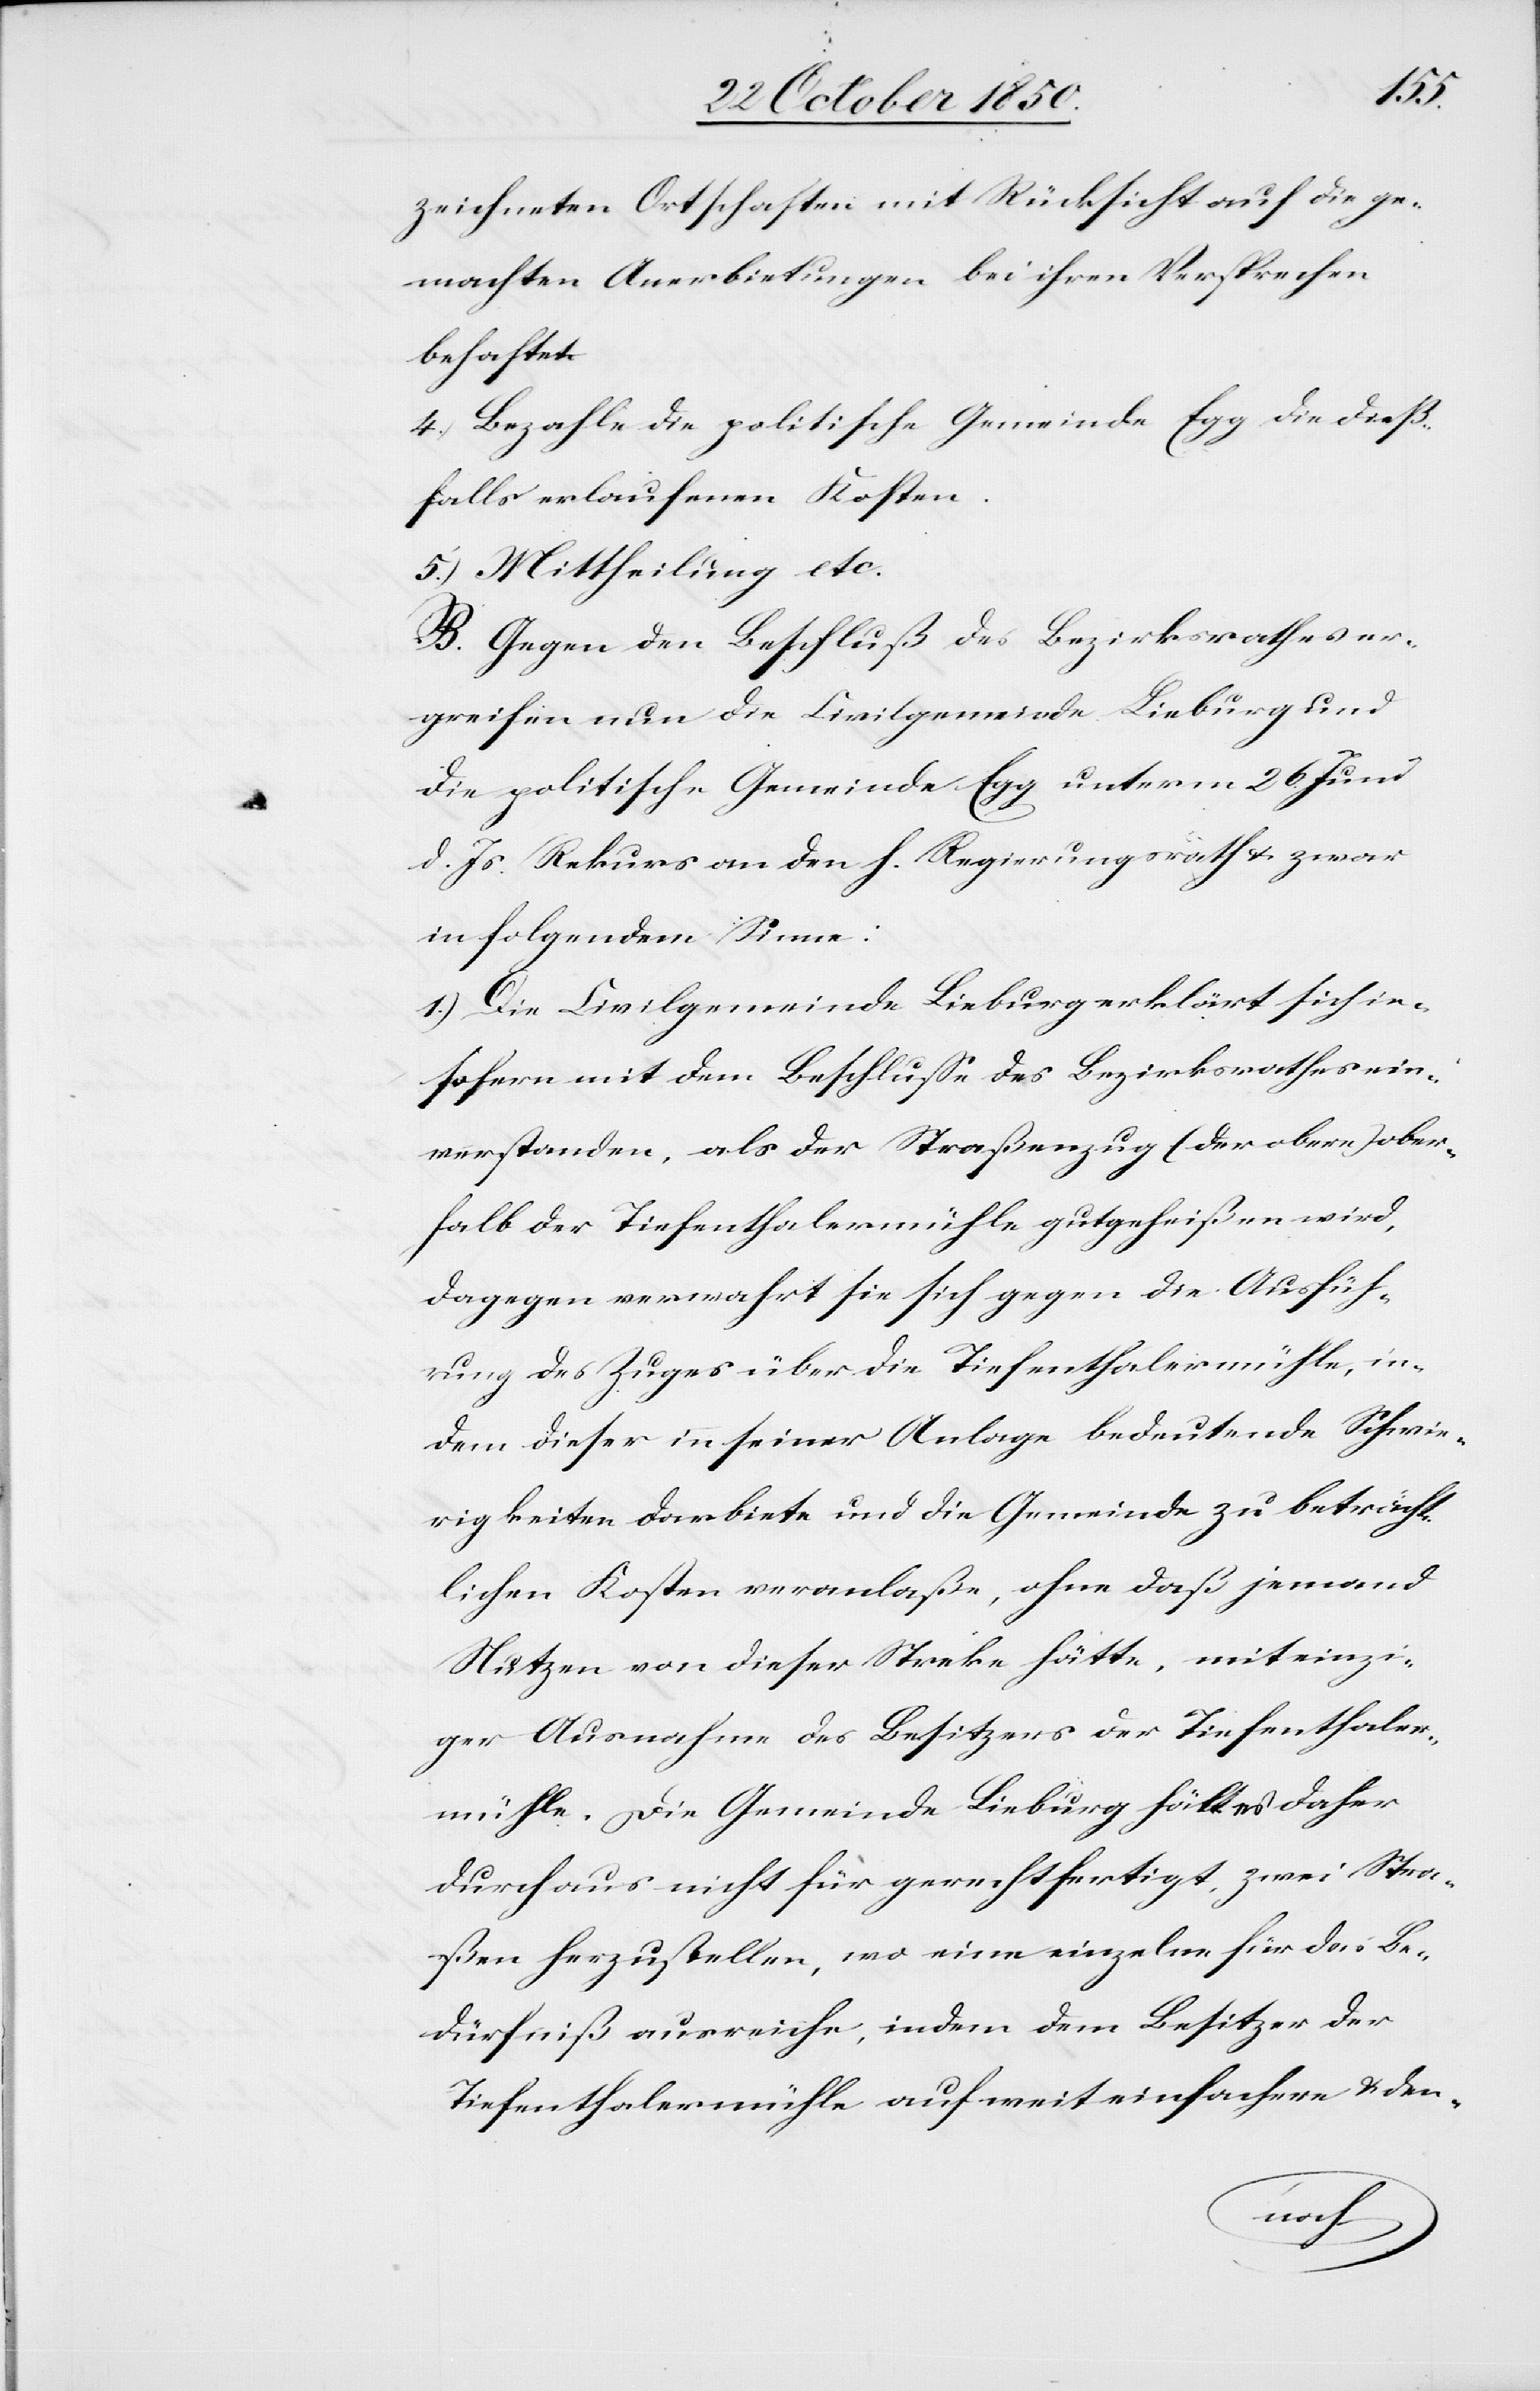
aler¬
zeichneten Ortschaften mit Rücksicht auf die ge¬
machten Anerbietungen bei ihren Versprechen
behaftet.
4.) Bezahle die politische Gemeinde Egg die dieß¬
falls erlaufenen Kosten.
5.) Mittheilung etc.
B. Gegen den Beschluß des Bezirksrathes er¬
greifen nun die Civilgemeinde Lieburg und
die politische Gemeinde Egg unterm 26 Juni
d. Js. Rekurs an den h. Regierungsrath & zwar
in folgendem Sinne:
1.) Die Civilgemeinde Lieburg erklärt sich in¬
sofern mit dem Beschluße des Bezirksrathes ein¬
verstanden, als der Straßenzug (der obere) ober¬
halb der Tiefenthalermühle gutgeheißen wird,
dagegen verwahrt sie sich gegen die Ausfüh¬
rung des Zuges über die Tiefenthalermühle, in¬
dem dieser in seiner Anlage bedeutende Schwie¬
rigkeiten darbiete und die Gemeinde zu beträcht¬
lichen Kosten veranlaße, ohne daß jemand
Nutzen von dieser Streke hätte, mit einzi¬
ger Ausnahme des Besitzens [recte: Besitzers]
mühle. Die Gemeinde Lieburg hält es daher
durchaus nicht für gerechtfertigt, zwei Stra¬
ßen herzustellen, wo eine einzelne für das Be¬
dürfniß ausreiche, indem dem Besitzer der
Tiefenthalermühle auf weit einfachere & den-
enth¬